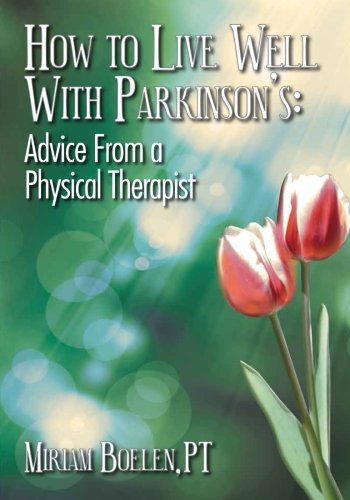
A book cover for How to Live Well With Parkinson's:  Advice From a Physical Therapist; Miriam P Boelen PT; Health, Fitness & Dieting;